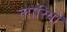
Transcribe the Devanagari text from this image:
लोरियों